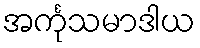
အင်္ကုသမာဒါယ